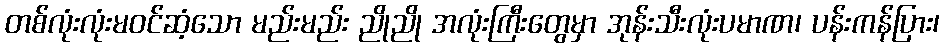
တစ်လုံးလုံးမဝင်ဆံ့သော မည်းမည်း ညိုညို အလုံးကြီးတွေမှာ အုန်းသီးလုံးပမာဏ၊ ပန်းကန်ပြား၊